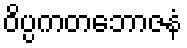
ဝိပ္ပကတဘောဇနံ